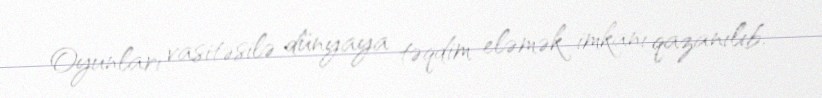
Oyunları vasitəsilə dünyaya təqdim eləmək imkanı qazanılıb.